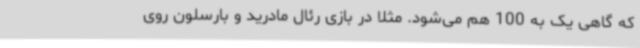
که گاهی یک به 100 هم می‌شود. مثلاً در بازی رئال مادرید و بارسلون روی